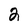
Character: 2